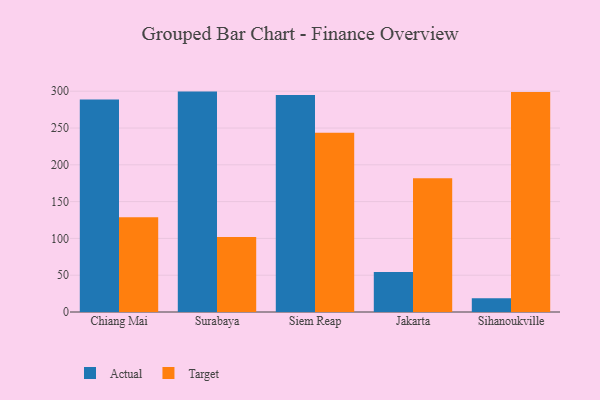
{"axis": {"x": "City", "y": "Demand Index"}, "legend": ["Actual", "Target"], "data": [{"x": "Chiang Mai", "y": 288.7, "type": "Actual"}, {"x": "Chiang Mai", "y": 128.6, "type": "Target"}, {"x": "Surabaya", "y": 299.5, "type": "Actual"}, {"x": "Surabaya", "y": 101.9, "type": "Target"}, {"x": "Siem Reap", "y": 294.8, "type": "Actual"}, {"x": "Siem Reap", "y": 243.6, "type": "Target"}, {"x": "Jakarta", "y": 54.5, "type": "Actual"}, {"x": "Jakarta", "y": 181.9, "type": "Target"}, {"x": "Sihanoukville", "y": 18.6, "type": "Actual"}, {"x": "Sihanoukville", "y": 298.8, "type": "Target"}]}